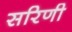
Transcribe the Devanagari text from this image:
सरिणी